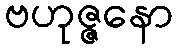
ဗဟုဇ္ဇနော